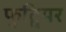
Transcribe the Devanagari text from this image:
फुट्वियर